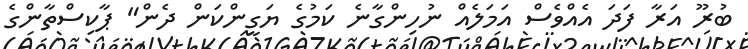
ބުރޫ އަރާ ފަދަ އެއްވެސް އަމަލެއް ނުހިންގާނެ ކަމުގެ ޔަގީންކަން ދެން" ޕާކިސްތާންގެ